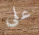
على